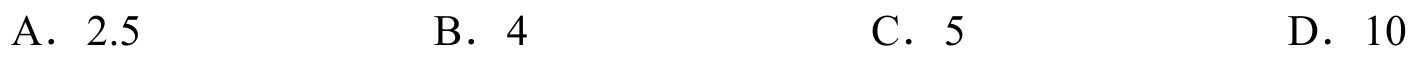
A．$2.5$  B．$4$  C．$5$  D．$10$